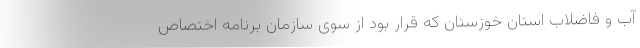
آب و فاضلاب استان خوزستان که قرار بود از سوی سازمان برنامه اختصاص